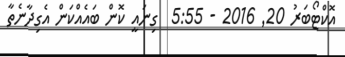
އޮކްޓޯބަރު 20